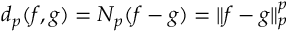
d _ { p } ( f , g ) = N _ { p } ( f - g ) = \| f - g \| _ { p } ^ { p }